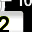
Digit: 2